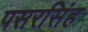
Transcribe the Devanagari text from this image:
पसरसिंह